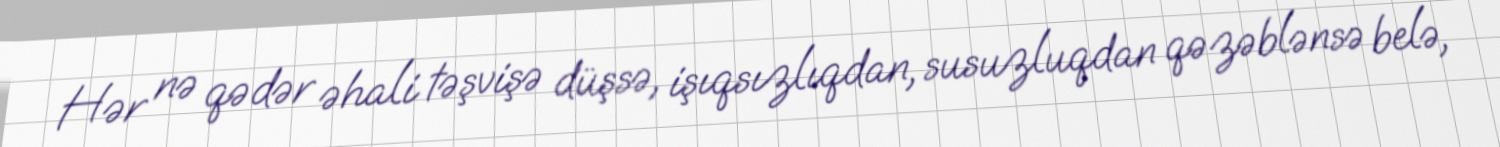
Hər nə qədər əhali təşvişə düşsə, işıqsızlıqdan, susuzluqdan qəzəblənsə belə,